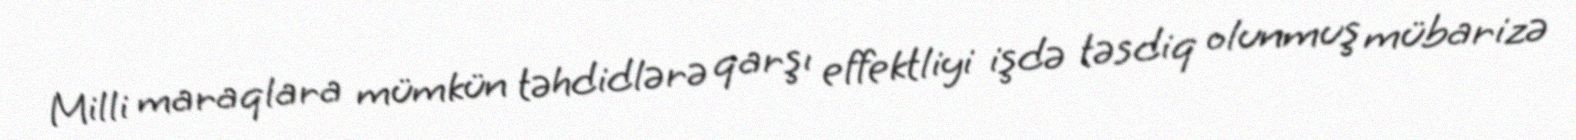
Milli maraqlara mümkün təhdidlərə qarşı effektliyi işdə təsdiq olunmuş mübarizə